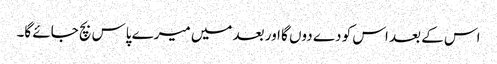
اس کے بعد اس کو دے دوں گا اور بعد میں میرے پاس بچ جائے گا۔